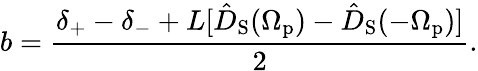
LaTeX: b=\frac{\delta_{+}-\delta_{-}+L[\hat{D}_{\mathrm{S}}(\Omega_{\mathrm{p}})-\hat{D}_{\mathrm{S}}(-\Omega_{\mathrm{p}})]}{2}.